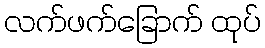
လက်ဖက်ခြောက် ထုပ်